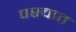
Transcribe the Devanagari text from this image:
पस्चात